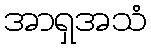
အာရှအသံ